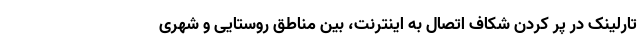
تارلینک در پر کردن شکاف اتصال به اینترنت، بین مناطق روستایی و شهری